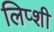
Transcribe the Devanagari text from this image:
लिप्शी